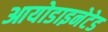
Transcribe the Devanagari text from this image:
आयोडाइनेटेड